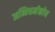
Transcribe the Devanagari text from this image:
अभिधर्मकोष